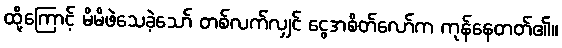
ထို့ကြောင့် မိမိဖဲသေခဲ့သော် တစ်လက်လျှင် ငွေအစိတ်လော်က ကုန်နေတတ်၏။